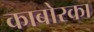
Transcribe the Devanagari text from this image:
काबोरका